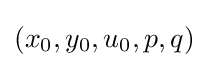
(x_{0},y_{0},u_{0},p,q)